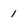
Character: 1